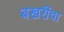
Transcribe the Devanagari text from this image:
बखरींचा